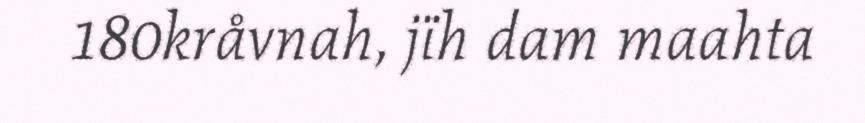
180kråvnah, jïh dam maahta